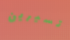
تسيرين